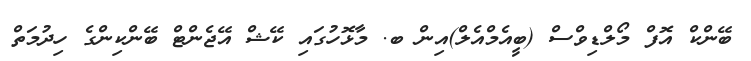
ބޭންކް އޮފް މޯލްޑިވްސް (ބީއެމްއެލް)އިން ބ. މާޅޮހުގައި ކޭޝް އޭޖެންޓް ބޭންކިންގެ ހިދުމަތް